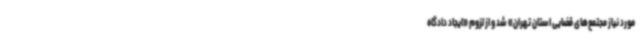
مورد نیاز مجتمع‌های قضایی استان تهران» شد و از لزوم «ایجاد دادگاه